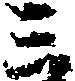
三